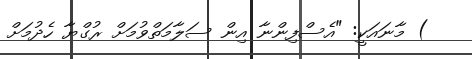
) މާނައަކީ: "އެސްފިންނާ އިން ސަލާމަތްވުމަށް ރުގްޔާ ހެދުމަށް